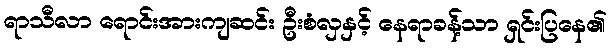
ရာသီလာ ရောင်းအားကျဆင်း ဦးစံလှနှင့် နေရာခန့်သာ ရှင်းပြနေ၏